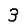
Digit: 3